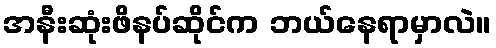
အနီးဆုံးဖိနပ်ဆိုင်က ဘယ်နေရာမှာလဲ။